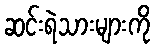
ဆင်းရဲသားများကို